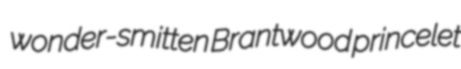
wonder-smitten Brantwood princelet